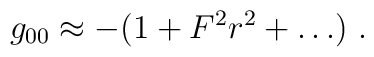
g_{00} \approx  -(1 + F^2 r^2 + \ldots)\ .